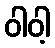
ဝါဝါ့